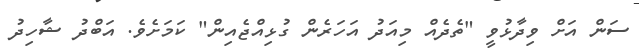
ސަން އަށް ވިދާޅުވީ "ތެދެއް މިއަދު އަހަރެން ގުޅިއްޖެއިން" ކަމަށެވެ. އަބްދު ޝާހިދު